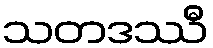
သတဒဿီ